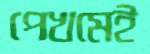
পেখমেই